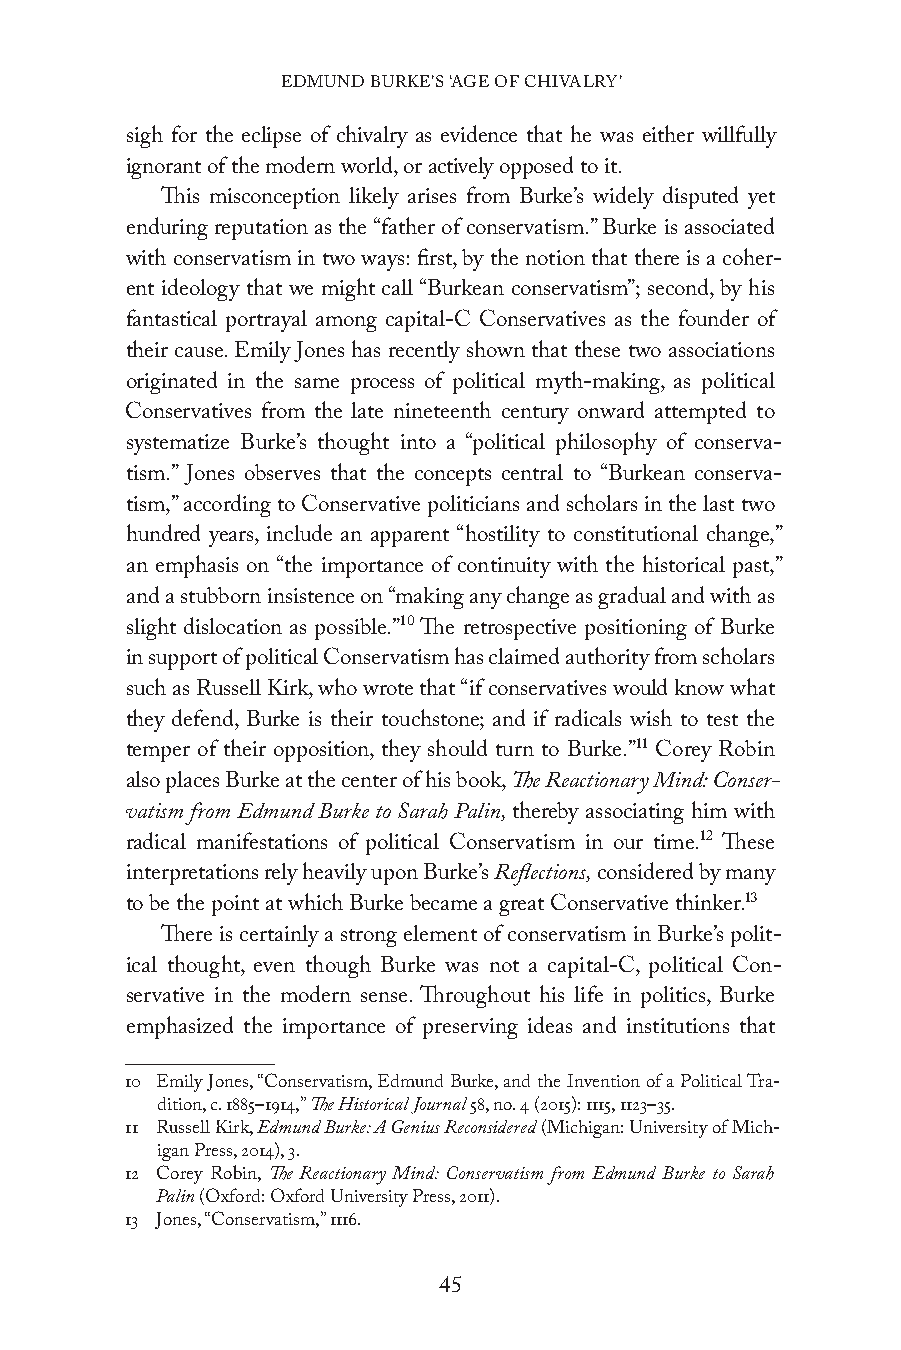
EDMUND BURKE’S ‘AGE OF CHIVALRY’
 sigh for the eclipse of chivalry as evidence that he was either willfully
 ignorant of the modern world, or actively opposed to it.
 This misconception likely arises from Burke’s widely disputed yet
 enduring reputation as the “father of conservatism.” Burke is associated
 with conservatism in two ways: first, by the notion that there is a coher-
 ent ideology that we might call “Burkean conservatism”; second, by his
 fantastical portrayal among capital-C Conservatives as the founder of
 their cause. Emily Jones has recently shown that these two associations
 originated in the same process of political myth-making, as political
 Conservatives from the late nineteenth century onward attempted to
 systematize Burke’s thought into a “political philosophy of conserva-
 tism.” Jones observes that the concepts central to “Burkean conserva-
 tism,” according to Conservative politicians and scholars in the last two
 hundred years, include an apparent “hostility to constitutional change,”
 an emphasis on “the importance of continuity with the historical past,”
 and a stubborn insistence on “making any change as gradual and with as
 slight dislocation as possible.”10 The retrospective positioning of Burke
 in support of political Conservatism has claimed authority from scholars
 such as Russell Kirk, who wrote that “if conservatives would know what
 they defend, Burke is their touchstone; and if radicals wish to test the
 temper of their opposition, they should turn to Burke.”11 Corey Robin
 also places Burke at the center of his book, The Reactionary Mind: Conser-
 vatism from Edmund Burke to Sarah Palin, thereby associating him with
 radical manifestations of political Conservatism in our time.12 These
 interpretations rely heavily upon Burke’s Reflections, considered by many
 to be the point at which Burke became a great Conservative thinker.13
 There is certainly a strong element of conservatism in Burke’s polit-
 ical thought, even though Burke was not a capital-C, political Con-
 servative in the modern sense. Throughout his life in politics, Burke
 emphasized the importance of preserving ideas and institutions that
 10 Emily Jones, “Conservatism, Edmund Burke, and the Invention of a Political Tra-
 dition, c. 1885–1914,” The Historical Journal 58, no. 4 (2015): 1115, 1123–35.
 11 Russell Kirk, Edmund Burke: A Genius Reconsidered (Michigan: University of Mich-
 igan Press, 2014), 3.
 12 Corey Robin, The Reactionary Mind: Conservatism from Edmund Burke to Sarah
 Palin (Oxford: Oxford University Press, 2011).
 13 Jones, “Conservatism,” 1116.
 45